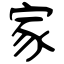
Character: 家